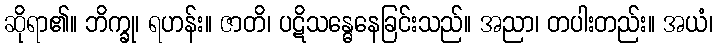
ဆိုရာ၏။ ဘိက္ခု၊ ရဟန်း။ ဇာတိ၊ ပဋိသန္ဓေနေခြင်းသည်။ အညာ၊ တပါးတည်း။ အယံ၊